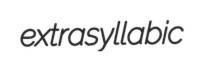
extrasyllabic